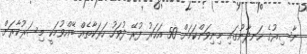
ނާސިރުގެ ހަނދާނުގައި މިނިވަންކަމަށް 50 އަހަރު ފުރޭ ދުވަހު ހަރަކާތެއް ބޭއްވުމަކީ މިސަރުކާރަށް